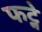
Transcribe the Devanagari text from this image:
फट्ने